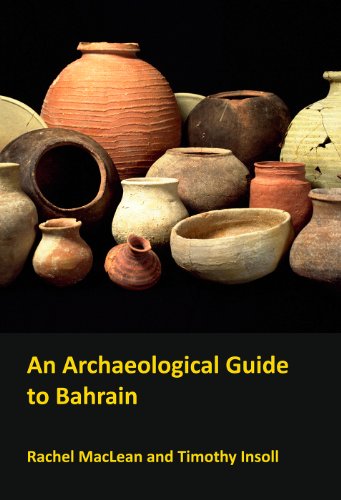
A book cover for An Archaeological Guide to Bahrain; Rachel MacLean; History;